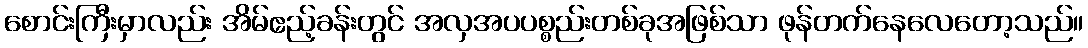
စောင်းကြီးမှာလည်း အိမ်ဧည့်ခန်းတွင် အလှအပပစ္စည်းတစ်ခုအဖြစ်သာ ဖုန်တက်နေလေတော့သည်။